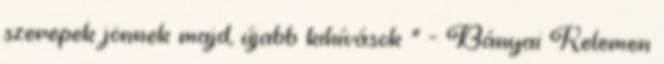
szerepek jönnek majd, újabb kihívások ” - Bányai Kelemen